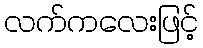
လက်ကလေးဖြင့်